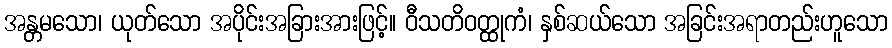
အန္တမသော၊ ယုတ်သော အပိုင်းအခြားအားဖြင့်။ ဝီသတိဝတ္ထုကံ၊ နှစ်ဆယ်သော အခြင်းအရာတည်းဟူသော